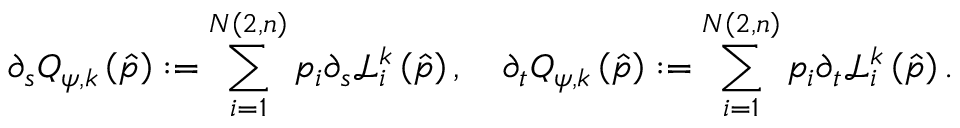
\partial _ { s } Q _ { \psi , k } \left( \hat { p } \right) : = \sum _ { i = 1 } ^ { N \left( 2 , n \right) } p _ { i } \partial _ { s } \mathcal { L } _ { i } ^ { k } \left( \hat { p } \right) , \quad \partial _ { t } Q _ { \psi , k } \left( \hat { p } \right) : = \sum _ { i = 1 } ^ { N \left( 2 , n \right) } p _ { i } \partial _ { t } \mathcal { L } _ { i } ^ { k } \left( \hat { p } \right) .